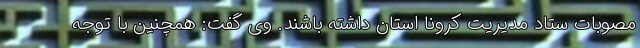
مصوبات ستاد مدیریت کرونا استان داشته باشند. وی گفت: همچنین با توجه